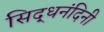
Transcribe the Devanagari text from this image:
सिद्धनंदिनी